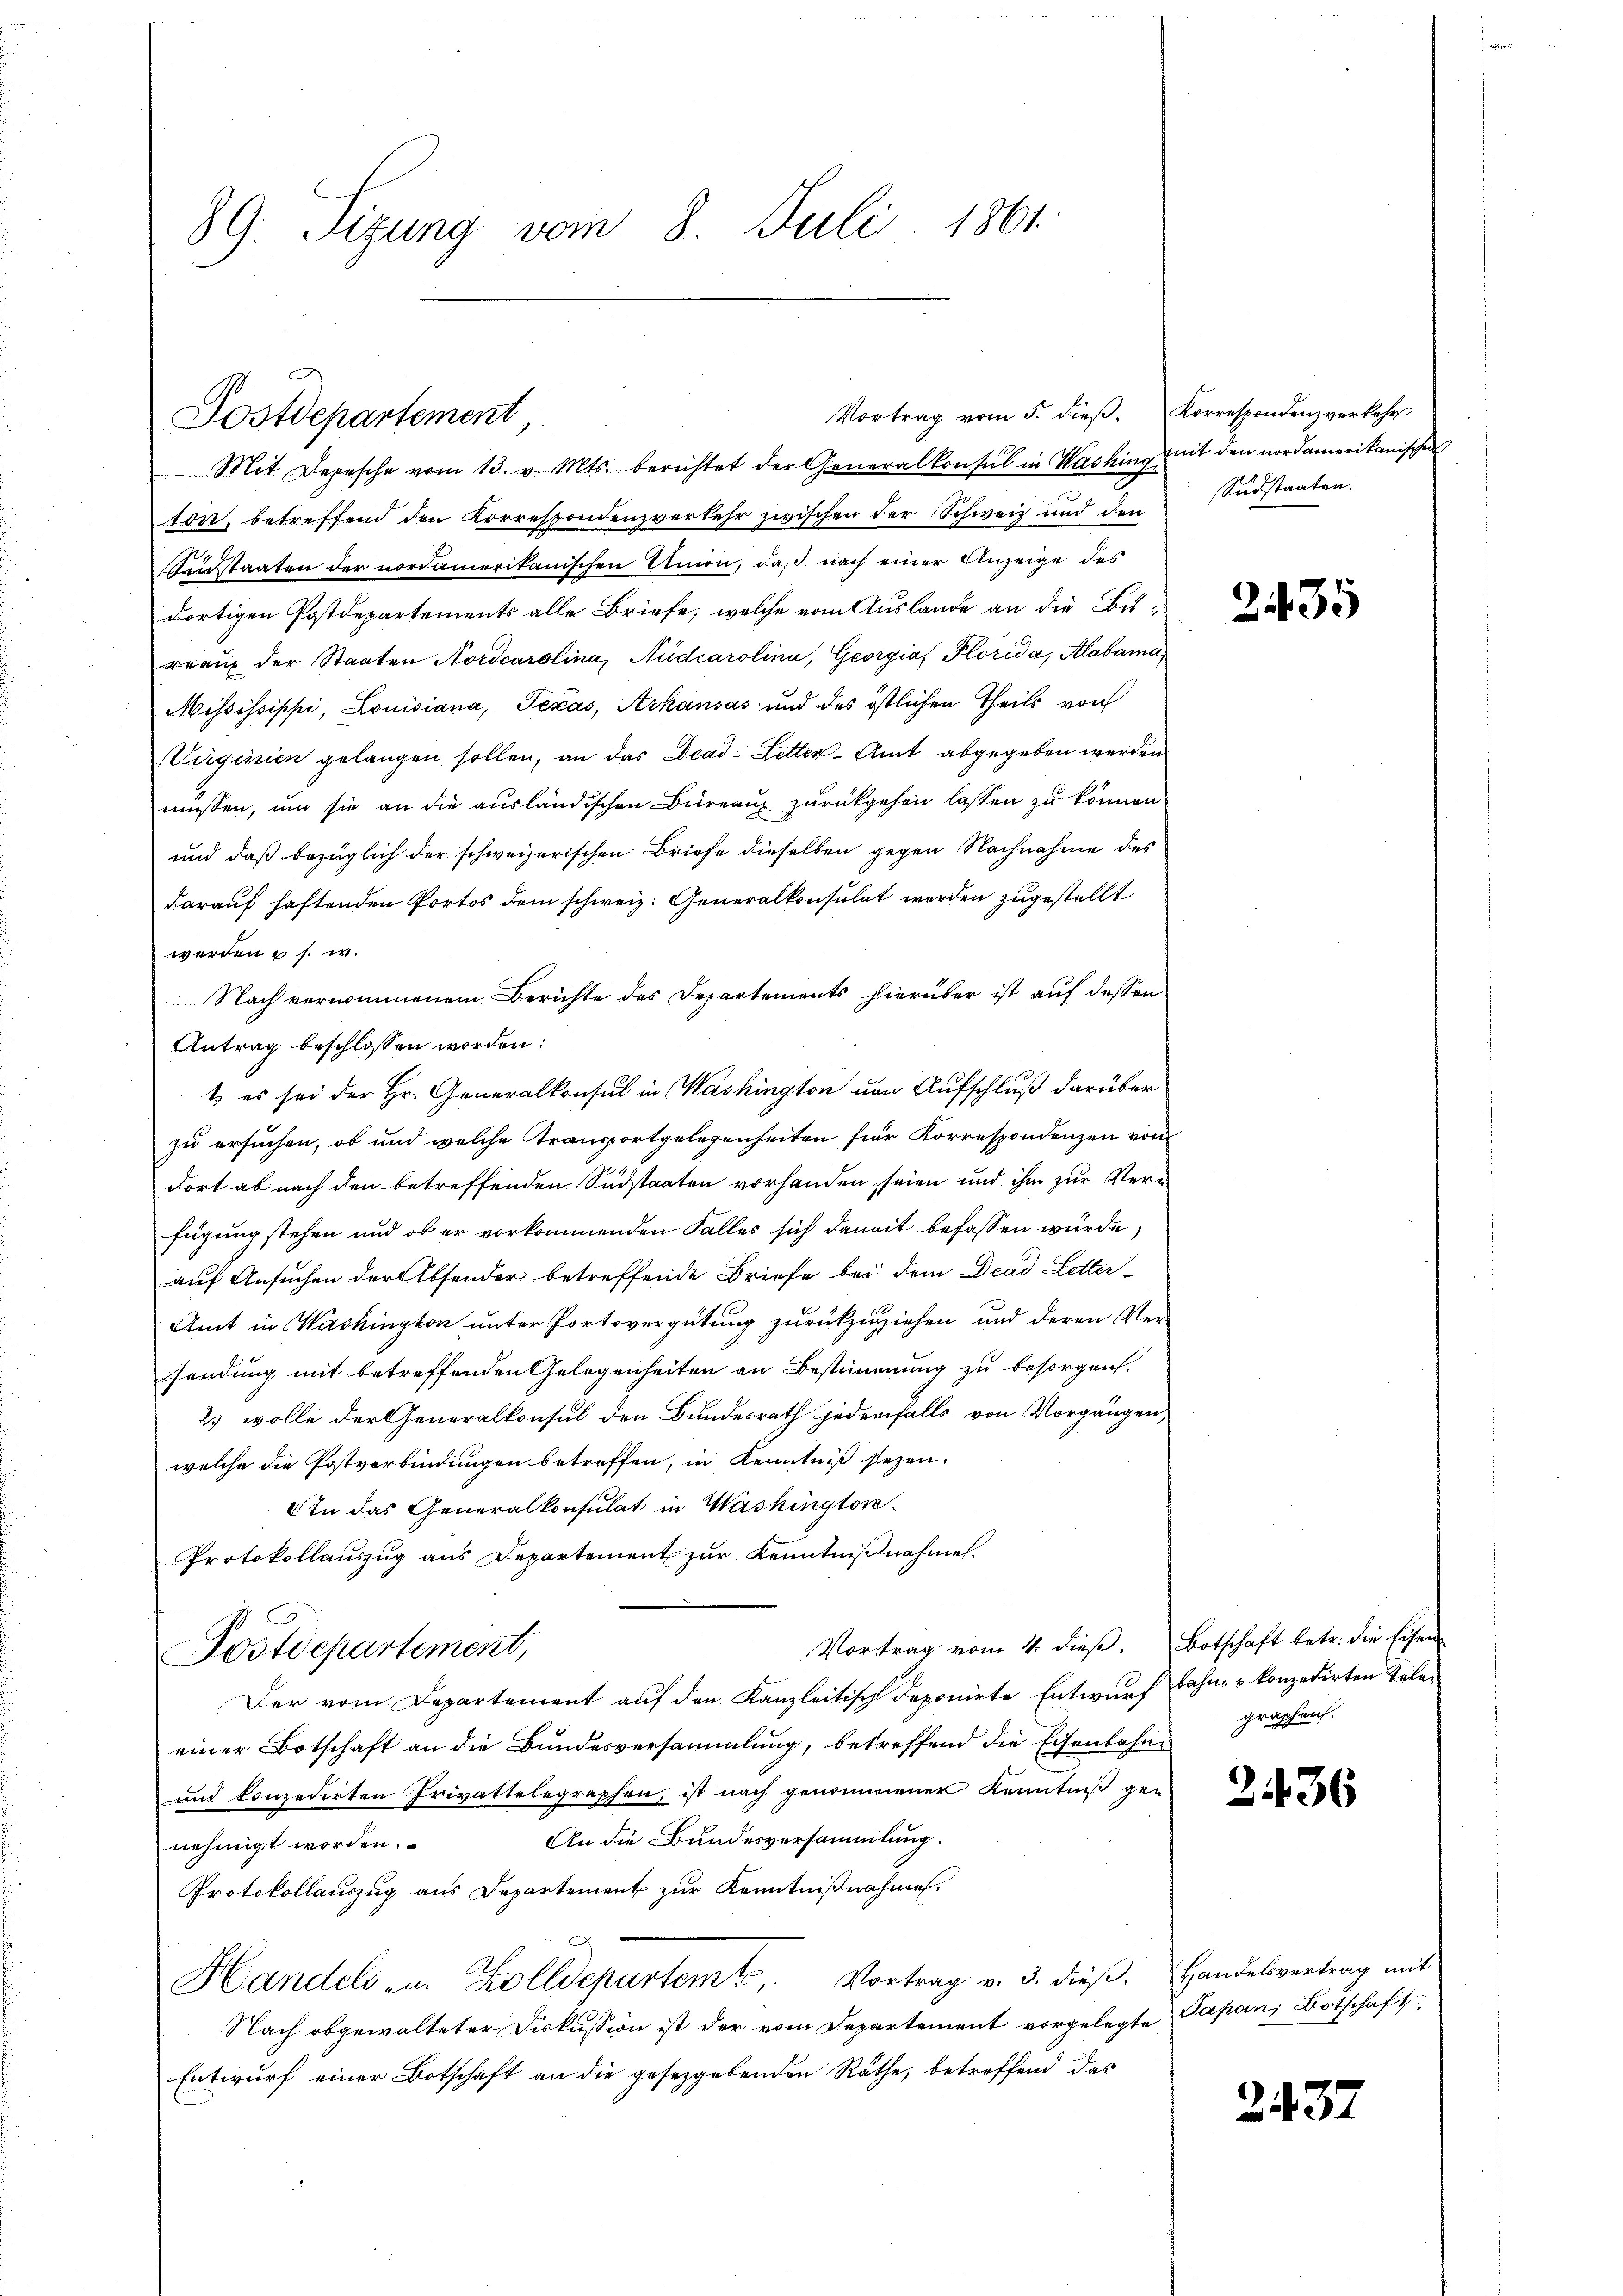
89. Sizung vom 8. Juli 1861

Postdepartement

Vortrag vom 5. dieβ. Korrespondenz verkehr

Mit Depesche vom 13. v. Mts. berichtet der Generalkonsul in Washing mit den nordamerikanischen
ton, betreffend den Korrespondenzverkehr zwischen der Schweiz und den Südstaaten.
Sinstaaten der nordamerikanischen Union, daß nach einer Anzeige des
dortigen Postdepartements alle Briefe, welche vom Auslande an die Burraŭf der Staaten Nordcarolina, Audcarolina, Georgia, Plörida, Alabama,
Mississippi, Louisiana, Texas, Arkansás und des östlichen Theils von
Virginien gelangen sollen, an das Dead- Letter-Amt abgegeben werden.
müssen, um sie an die ausländischen Büreau zurückgehen lassen zu können
und daß bezüglich der schweizerischen Briefe dieselben gegen Nachnahme des
darauf haftenden Portos dem schweiz. Generalkonsulat werden zugestellt
werden u s. w.
Nach vernommenem Berichte des Departements hierüber ist auf dessen
Antrag beschlossen worden:
t es sei der Hr. Generalkonsul in Washington von Aufschluß darüber
zu ersuchen, ob und welche Transportgelegenheiten für Korrespondenzen von
dort ab nach den betreffenden Südstaaten vorhanden, seien und ihm zur Ver
fügung stehen und ob er vorkommenden Falles sich damit befassen würde,
auf Ansuchen der Absender betreffende Briefe bei dem Drad Letter¬
Amt in Washington unter Portovergütung zurückzuziehen und deren Ver-
sendung mit betreffenden Gelegenheiten an Bestimmung zu besorgen.
2) wolle der Generalkonsul den Bundesrath jedenfalls von Vorgängen,
welche die Postverbindungen betreffen, in Kenntniß sezen.
AIn das Generalkonsulat in Washingtor.
Protokollauszug aus Departement zur Kenntnißnahmen.
Vortrag vom 4. dieß. Botschaft betr. die Eisen
Postdepartement,
Der vom Departement auf den Kanzleitisch deponirte Entwurf Bahn- u. konzedirten Teleeiner Botschaft an die Bundesversammlung, betreffend die Eisenbahne
und konzedirten Privattelegraphen, ist nach genommener Kenntniß gen
An die Bundesversammlung.
nehmigt worden.
Protokollauszug aus Departement zur Kenntnißnahmen.
Handels zu. Zolldepartemt. Vortrag v. 3. dieβ. Handesvertrag mit
Nach abgewalteter Diskussion ist der vom Departement vorgelegte Papani Botschaft
Entwurf einer Botschaft an die gesetzgebenden Räthe, betreffend das

2435

grapheich.

2436

2437